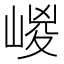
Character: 嵕